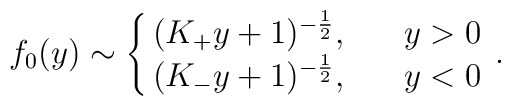
f_0(y)\sim\left\{\matrix{(K_+y+1)^{-{1\over 2}},\ \ \ \ \ y>0\cr(K_-y+1)^{-{1\over 2}},\ \ \ \ \ y<0}\right..